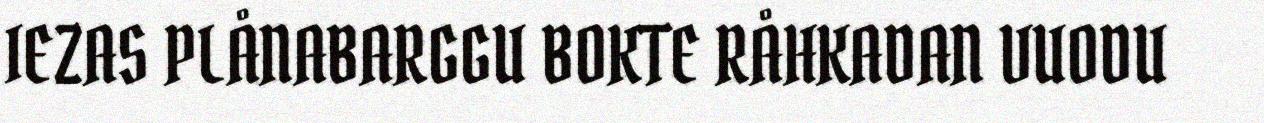
IEZAS PLÅNABARGGU BOKTE RÅHKADAN VUODU